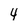
Character: 4